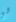
لي